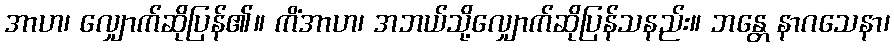
အာဟ၊ လျှောက်ဆိုပြန်၏။ ကိံအာဟ၊ အဘယ်သို့လျှောက်ဆိုပြန်သနည်း။ ဘန္တေ နာဂသေနာ၊